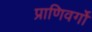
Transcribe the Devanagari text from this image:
प्राणिवर्गों